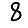
Digit: 8